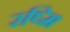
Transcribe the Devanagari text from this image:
रष्मि